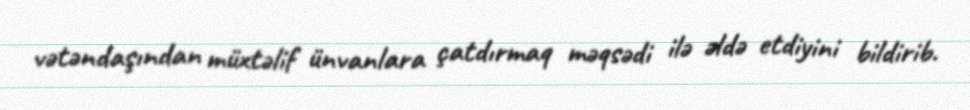
vətəndaşından müxtəlif ünvanlara çatdırmaq məqsədi ilə əldə etdiyini bildirib.